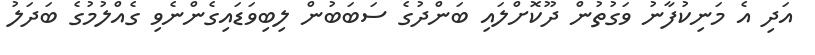
އަދި އެ މަނިކުފާނު ވަގުތުން ދޫކޮށްލައި ބަންދުގެ ސަބަބުން ލިބިވަޑައިގެންނެވި ގެއްލުމުގެ ބަދަލު